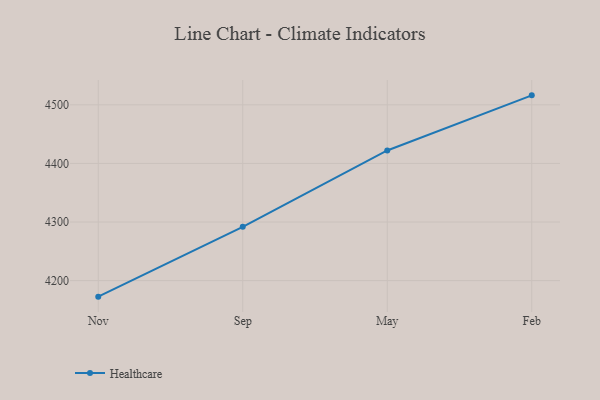
{"axis": {"x": "Month", "y": "Page Views"}, "legend": ["Healthcare"], "data": [{"x": "Nov", "y": 4172.6, "type": "Healthcare"}, {"x": "Sep", "y": 4291.7, "type": "Healthcare"}, {"x": "May", "y": 4422.1, "type": "Healthcare"}, {"x": "Feb", "y": 4516.2, "type": "Healthcare"}]}